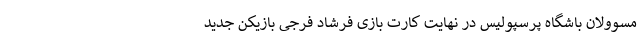
مسوولان باشگاه پرسپولیس در نهایت کارت بازی فرشاد فرجی بازیکن جدید